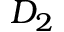
D _ { 2 }